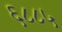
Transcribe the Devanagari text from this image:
६८८५